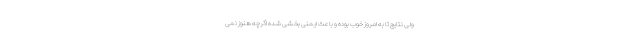
ولی نتایج تا به امروز خوب بوده و باعث ایمنی بخشی شده اگرچه هنوز نمی